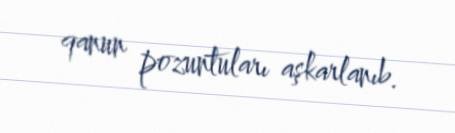
qanun pozuntuları aşkarlanıb.